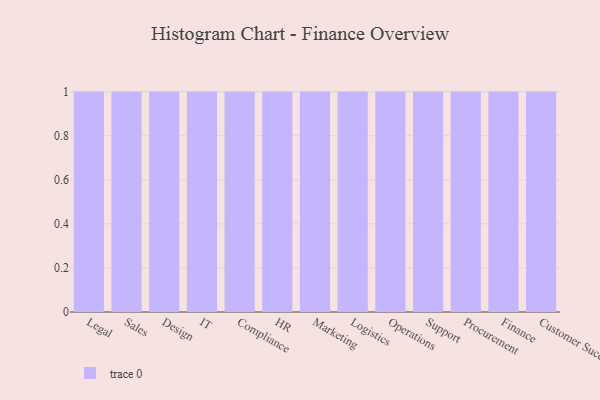
{"axis": {"x": "Department", "y": "Operating Costs (USD K)"}, "legend": [""], "data": [{"x": "Legal", "y": 93, "type": ""}, {"x": "Sales", "y": 65, "type": ""}, {"x": "Design", "y": 64, "type": ""}, {"x": "IT", "y": 76, "type": ""}, {"x": "Compliance", "y": 87, "type": ""}, {"x": "HR", "y": 87, "type": ""}, {"x": "Marketing", "y": 80, "type": ""}, {"x": "Logistics", "y": 14, "type": ""}, {"x": "Operations", "y": 58, "type": ""}, {"x": "Support", "y": 11, "type": ""}, {"x": "Procurement", "y": 68, "type": ""}, {"x": "Finance", "y": 93, "type": ""}, {"x": "Customer Success", "y": 16, "type": ""}]}